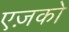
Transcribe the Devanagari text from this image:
एज़को